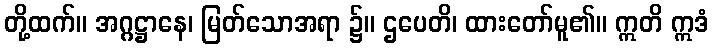
တို့ထက်။ အဂ္ဂဋ္ဌာနေ၊ မြတ်သောအရာ ၌။ ဌပေတိ၊ ထားတော်မူ၏။ ဣတိ ဣဒံ